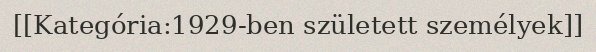
[[Kategória:1929-ben született személyek]]